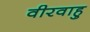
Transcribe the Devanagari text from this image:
वीरवाहु